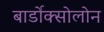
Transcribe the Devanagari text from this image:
बार्डोक्सोलोन